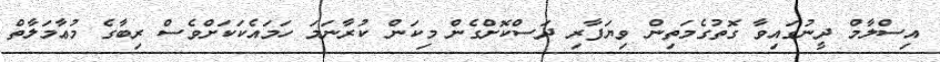
އިސްލާމް ދީނުގައިވާ ގޮތުގެމަތިން ވިޔަފާރި ދަސްކޮށްގެން މިކަން ކުރާނަމަ ހަމައެކަކަށްވެސް ރިބާގެ މުޢާމަލާތް